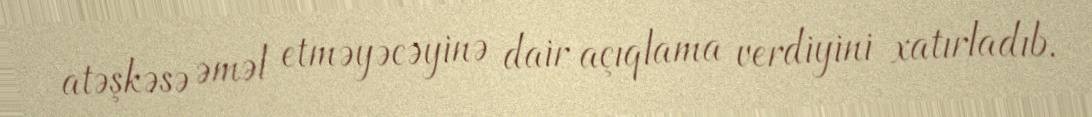
atəşkəsə əməl etməyəcəyinə dair açıqlama verdiyini xatırladıb.